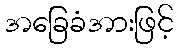
အခြေခံအားဖြင့်